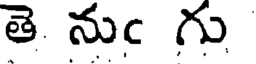
తె నుఁ గు